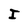
Character: I